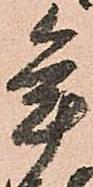
年